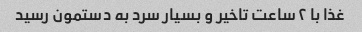
غذا با ۲ ساعت تاخیر و بسیار سرد به دستمون رسید